Civil Veterinary Department Bengal reports 1933-51 - 1933-1951
Year: 1933
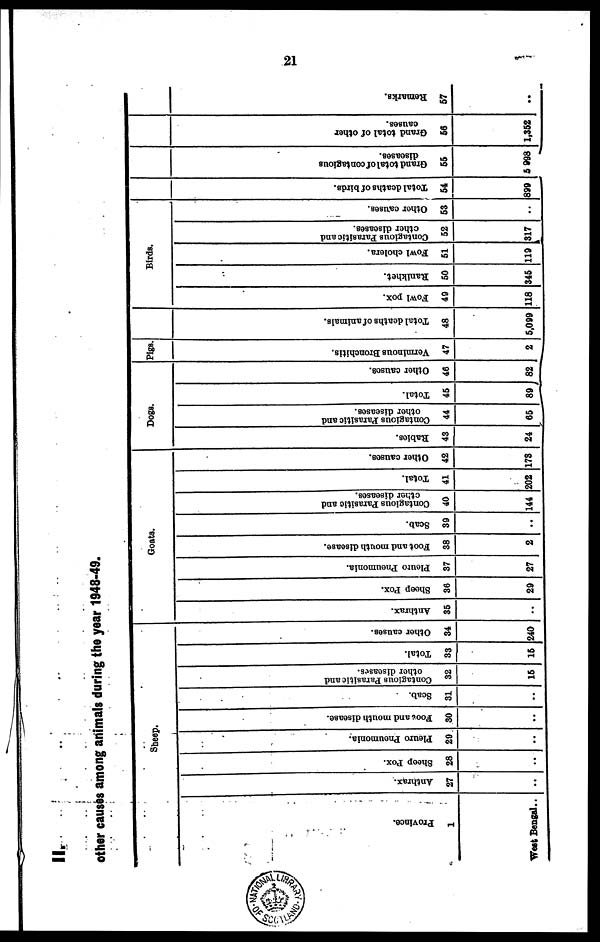
21
II.
other causes among animals during the year 1948-49.
Province.
1
West Bengal ..
Sheep.
Anthrax.
27
..
Snoop Pox.
28
..
Pleuro Pneumonia.
29
..
Foot and mouth disease.
30
..
Scab.
31
..
Contagious Parasitic and
other disease.
32
15
Total.
33
15
Other causes.
34
240
Goats.
Anthrax.
35
..
Sheep Pox.
36
29
Pleuro Pneumonia.
37
27
Foot and mouth disease.
38
2
Scab.
39
..
Contagious Parasitic and
other diseases.
40
144
Total.
41
202
Other causes.
42
178
Dogs.
Rabies.
43
24
Contagious Parasitic and
other diseases.
44
65
Total.
45
89
Other causes.
46
82
Pigs.
Verminous Bronchitis.
47
2
Total deaths of animals.
48
6,099
Birds.
Fowl pox.
49
118
Ranikhet.
50
345
Fowl cholera.
51
119
Contagious Parasitic and
ether diseases.
52
317
Other causes.
53
..
Total deaths of birds.
54
899
Grand total of contagious
diseases.
55
5 998
Grand total of other
causes.
56
1,352
Remarks.
57
..